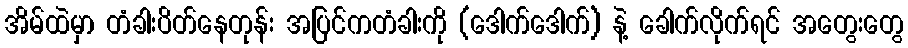
အိမ်ထဲမှာ တံခါးပိတ်နေတုန်း အပြင်ကတံခါးကို (ဒေါက်ဒေါက်) နဲ့ ခေါက်လိုက်ရင် အတွေးတွေ